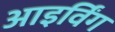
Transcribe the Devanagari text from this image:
आइर्विंग